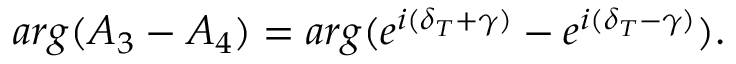
a r g ( A _ { 3 } - A _ { 4 } ) = a r g ( e ^ { i ( \delta _ { T } + \gamma ) } - e ^ { i ( \delta _ { T } - \gamma ) } ) .